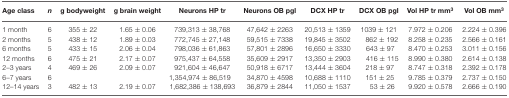
<table><thead><tr><td><b>Age class</b></td><td><b><i>n</i></b></td><td><b>g bodyweight</b></td><td><b>g brain weight</b></td><td><b>Neurons HP tr</b></td><td><b>Neurons OB pgl</b></td><td><b>DCX HP tr</b></td><td><b>DCX OB pgl</b></td><td><b>Vol HP tr mm<sup>3</sup></b></td><td><b>Vol OB mm<sup>3</sup></b></td></tr></thead><tbody><tr><td>1 month</td><td>6</td><td>355 ± 22</td><td>1.65 ± 0.06</td><td>739,313 ± 38,768</td><td>47,642 ± 2263</td><td>20,513 ± 1359</td><td>1039 ± 121</td><td>7.972 ± 0.206</td><td>2.224 ± 0.396</td></tr><tr><td>2 months</td><td>5</td><td>438 ± 12</td><td>1.89 ± 0.03</td><td>772,745 ± 27,148</td><td>59,515 ± 7338</td><td>19,845 ± 3502</td><td>862 ± 192</td><td>8.258 ± 0.235</td><td>2.566 ± 0.161</td></tr><tr><td>6 months</td><td>5</td><td>433 ± 15</td><td>2.06 ± 0.04</td><td>798,036 ± 61,863</td><td>57,801 ± 2896</td><td>16,650 ± 3330</td><td>643 ± 97</td><td>8.470 ± 0.253</td><td>3.011 ± 0.156</td></tr><tr><td>12 months</td><td>6</td><td>475 ± 21</td><td>2.17 ± 0.07</td><td>975,437 ± 64,558</td><td>35,609 ± 2917</td><td>13,350 ± 2903</td><td>416 ± 115</td><td>8.990 ± 0.380</td><td>2.614 ± 0.138</td></tr><tr><td>2–3 years</td><td>4</td><td>469 ± 26</td><td>2.09 ± 0.07</td><td>921,604 ± 46,647</td><td>50,918 ± 6717</td><td>13,444 ± 3604</td><td>218 ± 97</td><td>8.747 ± 0.318</td><td>2.392 ± 0.178</td></tr><tr><td>6–7 years</td><td>6</td><td></td><td></td><td>1,354,974 ± 86,519</td><td>34,870 ± 4598</td><td>10,688 ± 1110</td><td>151 ± 25</td><td>9.785 ± 0.379</td><td>2.737 ± 0.150</td></tr><tr><td>12–14 years</td><td>3</td><td>482 ± 13</td><td>2.19 ± 0.07</td><td>1,682,386 ± 138,693</td><td>36,879 ± 2844</td><td>11,050 ± 1537</td><td>53 ± 26</td><td>9.920 ± 0.578</td><td>2.666 ± 0.190</td></tr></tbody></table>